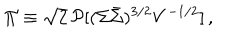
\Pi \equiv \sqrt { 2 } \, { \cal P } [ ( \Sigma \bar { \Sigma } ) ^ { 3 / 2 } V ^ { - 1 / 2 } ] \, ,